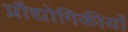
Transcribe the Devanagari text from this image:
प्रौद्योगिकीयाँ